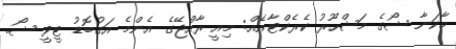
މާކަނާ ޝޯގެ މަޝްހޫރު ކެރެކްޓާއެއް: މިއީ ރާއްޖޭގެ އެންމެ އަގުބޮޑު ޓީވީ ޝޯ.